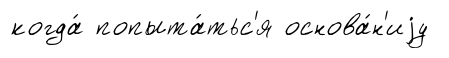
когда́ попыта́тьс'я основа́н'иjу